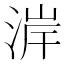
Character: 𪶐